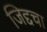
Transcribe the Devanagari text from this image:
जिद्दचा